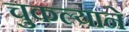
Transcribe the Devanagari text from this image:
चुकल्याने